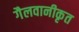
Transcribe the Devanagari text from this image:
गैलवानीकृत